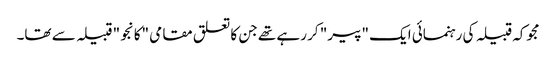
مجوکہ قبیلہ کی رہنمائی ایک "پیر" کر رہے تھے جن کا تعلق مقامی "کانجو" قبیلہ سے تھا۔